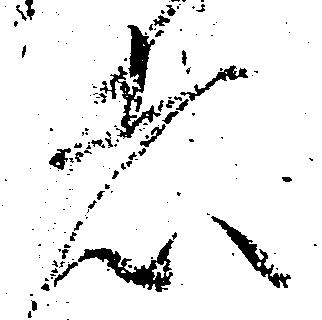
者